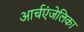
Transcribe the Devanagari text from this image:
आर्चएंजेलिका